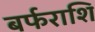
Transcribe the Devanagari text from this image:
बर्फराशि